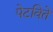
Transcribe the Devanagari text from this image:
पेटविते